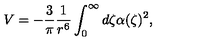
V = - { \frac { 3 } { \pi } } { \frac { 1 } { r ^ { 6 } } } \int _ { 0 } ^ { \infty } d \zeta \alpha ( \zeta ) ^ { 2 } ,